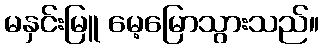
မနှင်းမြူ မေ့မြောသွားသည်။